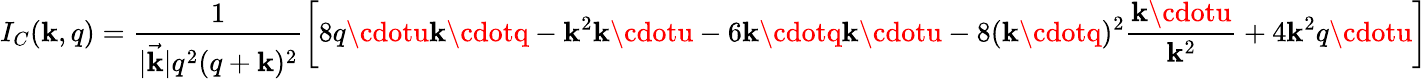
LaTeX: I_{C}(\mathbf{k},q)=\frac{{1}}{{|\vec{{\mathbf{k}}}|q^{2}(q+\mathbf{k})^{2}}}\left[8q\cdotu\mathbf{k}\cdotq-\mathbf{k}^{2}\mathbf{k}\cdotu-6\mathbf{k}\cdotq\mathbf{k}\cdotu-8(\mathbf{k}\cdotq)^{2}\frac{{\mathbf{k}\cdotu}}{{\mathbf{k}^{2}}}+4\mathbf{k}^{2}q\cdotu\right]